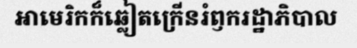
អាមេរិកក៏ឆ្លៀតក្រើនរំឭករដ្ឋាភិបាល